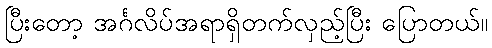
ပြီးတော့ အင်္ဂလိပ်အရာရှိတက်လှည့်ပြီး ပြောတယ်။